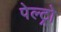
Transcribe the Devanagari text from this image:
पेल्ट्रो